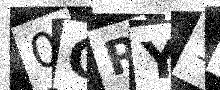
Text: 0ORY1E